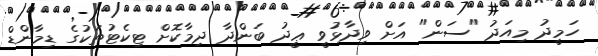
ހަމީދު މިއަދު "ސަން" އަށް ވިދާޅުވީ ޢީދު ބަންދާ ދިމާކޮށް ޓިކެޓުތަކުގެ ޑިމާންޑް